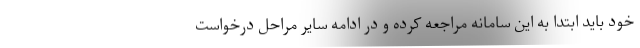
خود باید ابتدا به این سامانه مراجعه کرده و در ادامه سایر مراحل درخواست